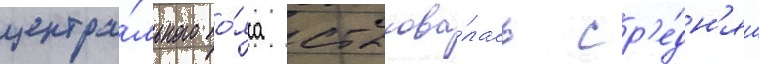
центра́льного по́яса стыкова́лась ср'е́дн'яа